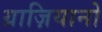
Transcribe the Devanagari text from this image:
ग्राज़ियानो